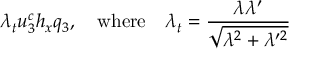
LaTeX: \lambda _ { t } u _ { 3 } ^ { c } h _ { x } q _ { 3 } , \quad \mathrm { w h e r e } \quad \lambda _ { t } = \frac { \lambda \lambda ^ { \prime } } { \sqrt { \lambda ^ { 2 } + \lambda ^ { \prime 2 } } }